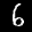
Label: 6